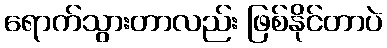
ရောက်သွားတာလည်း ဖြစ်နိုင်တာပဲ